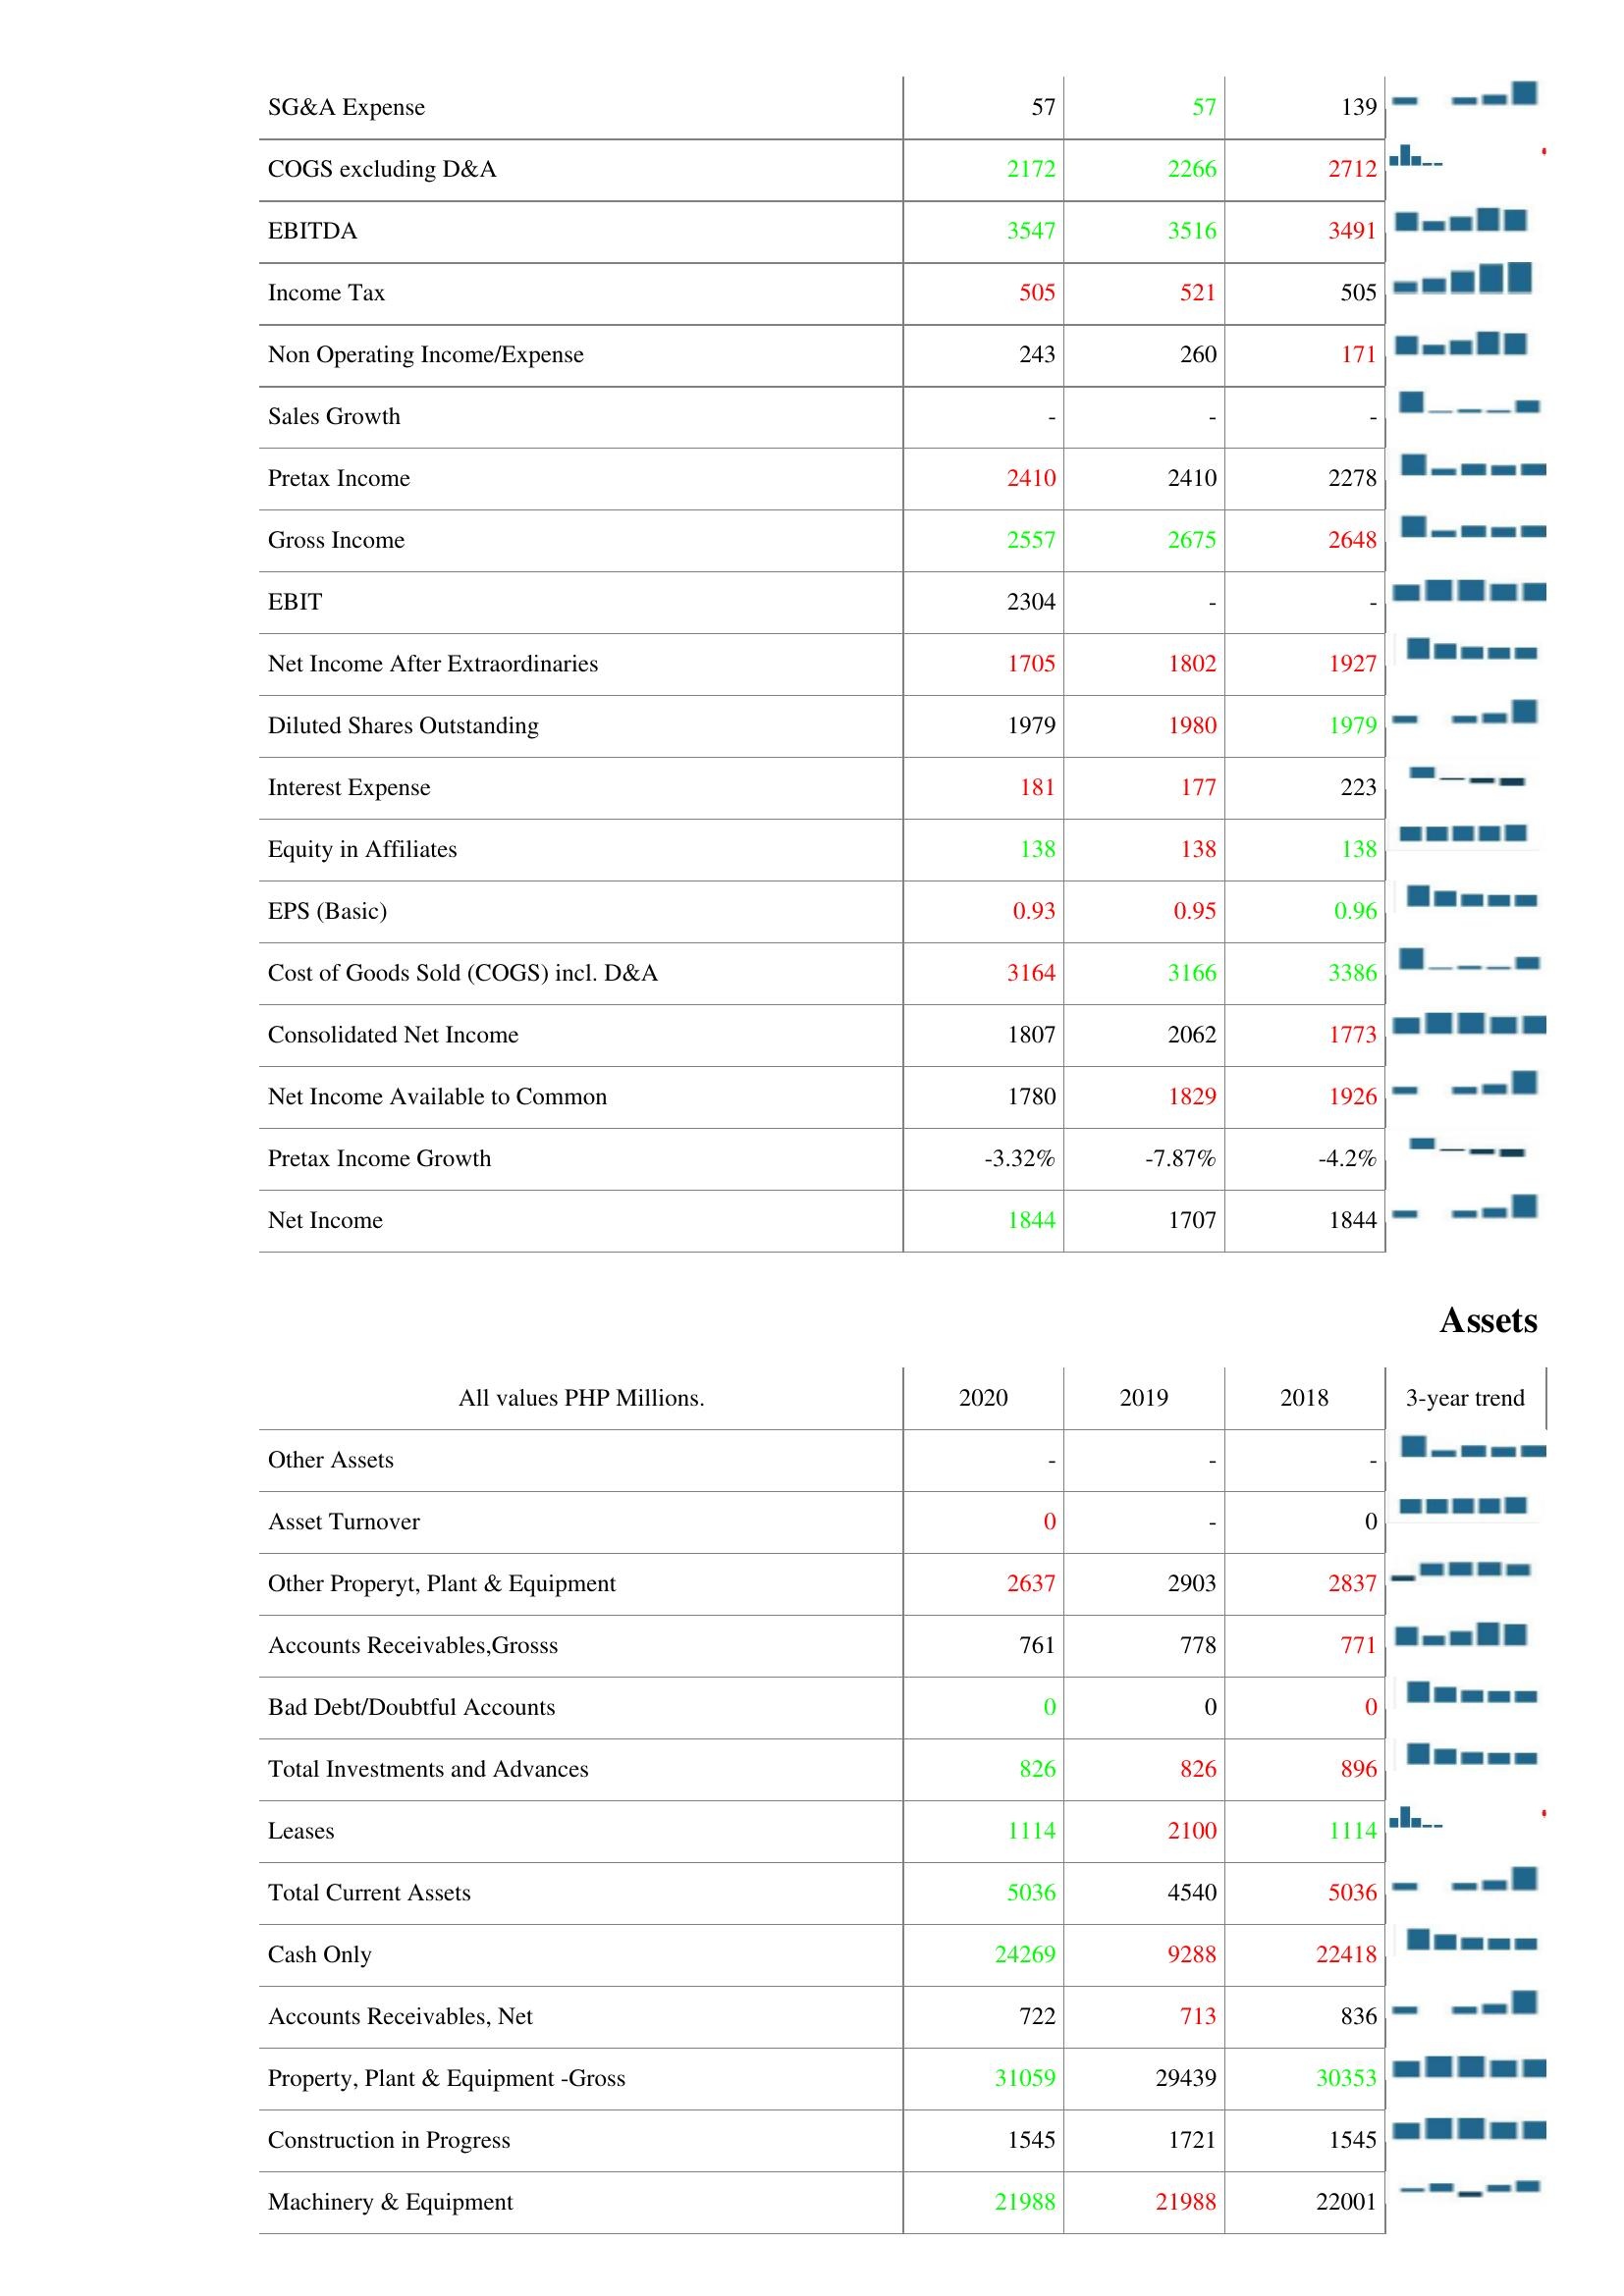
2020: : SG&A Expense: 57
COGS excluding D&A: 2172
EBITDA: 3547
Income Tax: 505
Non Operating Income/Expense: 243
Sales Growth: -
Pretax Income: 2410
Gross Income: 2557
EBIT: 2304
Net Income After Extraordinaries: 1705
Diluted Shares Outstanding: 1979
Interest Expense: 181
Equity in Affiliates: 138
EPS (Basic): 0.93
Cost of Goods Sold (COGS) incl. D&A: 3164
Consolidated Net Income: 1807
Net Income Available to Common: 1780
Pretax Income Growth: -3.32%
Net Income: 1844
Assets: Other Assets: -
Asset Turnover: 0
Other Properyt, Plant & Equipment: 2637
Accounts Receivables,Grosss: 761
Bad Debt/Doubtful Accounts: 0
Total Investments and Advances: 826
Leases: 1114
Total Current Assets: 5036
Cash Only: 24269
Accounts Receivables, Net: 722
Property, Plant & Equipment -Gross: 31059
Construction in Progress: 1545
Machinery & Equipment: 21988
2019: : SG&A Expense: 57
COGS excluding D&A: 2266
EBITDA: 3516
Income Tax: 521
Non Operating Income/Expense: 260
Sales Growth: -
Pretax Income: 2410
Gross Income: 2675
EBIT: -
Net Income After Extraordinaries: 1802
Diluted Shares Outstanding: 1980
Interest Expense: 177
Equity in Affiliates: 138
EPS (Basic): 0.95
Cost of Goods Sold (COGS) incl. D&A: 3166
Consolidated Net Income: 2062
Net Income Available to Common: 1829
Pretax Income Growth: -7.87%
Net Income: 1707
Assets: Other Assets: -
Asset Turnover: -
Other Properyt, Plant & Equipment: 2903
Accounts Receivables,Grosss: 778
Bad Debt/Doubtful Accounts: 0
Total Investments and Advances: 826
Leases: 2100
Total Current Assets: 4540
Cash Only: 9288
Accounts Receivables, Net: 713
Property, Plant & Equipment -Gross: 29439
Construction in Progress: 1721
Machinery & Equipment: 21988
2018: : SG&A Expense: 139
COGS excluding D&A: 2712
EBITDA: 3491
Income Tax: 505
Non Operating Income/Expense: 171
Sales Growth: -
Pretax Income: 2278
Gross Income: 2648
EBIT: -
Net Income After Extraordinaries: 1927
Diluted Shares Outstanding: 1979
Interest Expense: 223
Equity in Affiliates: 138
EPS (Basic): 0.96
Cost of Goods Sold (COGS) incl. D&A: 3386
Consolidated Net Income: 1773
Net Income Available to Common: 1926
Pretax Income Growth: -4.2%
Net Income: 1844
Assets: Other Assets: -
Asset Turnover: 0
Other Properyt, Plant & Equipment: 2837
Accounts Receivables,Grosss: 771
Bad Debt/Doubtful Accounts: 0
Total Investments and Advances: 896
Leases: 1114
Total Current Assets: 5036
Cash Only: 22418
Accounts Receivables, Net: 836
Property, Plant & Equipment -Gross: 30353
Construction in Progress: 1545
Machinery & Equipment: 22001